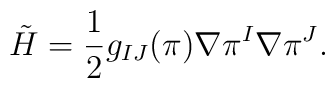
\tilde H = {1 \over 2} g_{IJ}(\pi) \nabla \pi^I \nabla \pi^J.